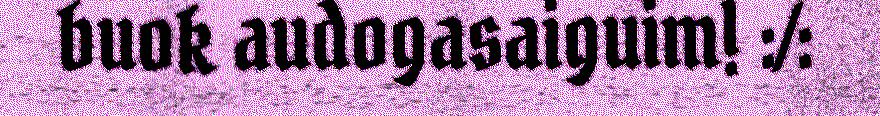
buok audogasaiguim! :/: